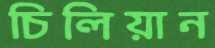
চিলিয়ান